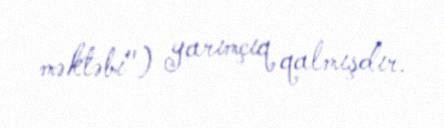
məktəbi") yarımçıq qalmışdır.